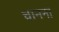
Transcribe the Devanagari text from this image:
चानना